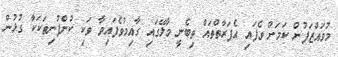
މުވައްޒަފުން ކަމަށް ވެފައި އެފަރާތްތައް ތިބެނީ މާލޭގައި ގާއިމުވެފައިވާ ވަކި ކުންފުނިތަކަކާ ގުޅުން